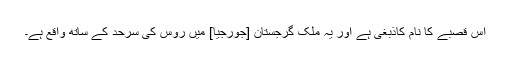
اس قصبے کا نام کاذبغی ہے اور یہ ملک گرجستان [جورجیا] میں روس کی سرحد کے ساتھ واقع ہے۔